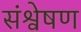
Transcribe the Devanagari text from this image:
संश्वेषण